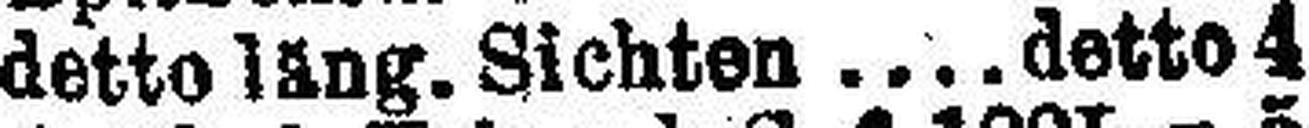
detto läng. Sichten detto 4